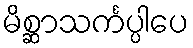
မိစ္ဆာသင်္ကပ္ပါပေ